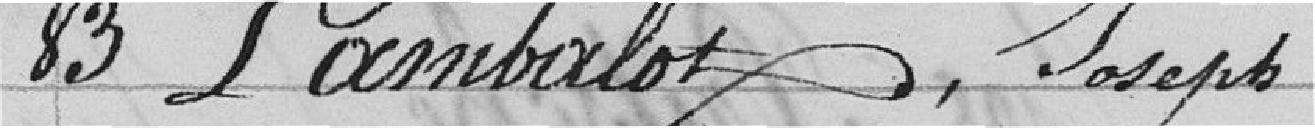
83 Lambalot, Joseph